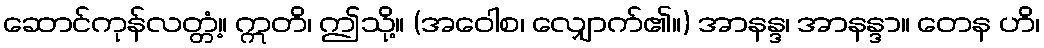
ဆောင်ကုန်လတ္တံ့။ ဣတိ၊ ဤသို့။ (အဝေါစ၊ လျှောက်၏။) အာနန္ဒ၊ အာနန္ဒာ။ တေန ဟိ၊